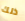
ذلك